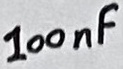
Text: 100nF